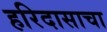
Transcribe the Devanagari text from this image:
हरिदासाचा